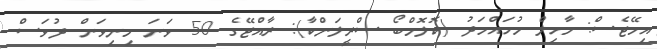
އިމޭޖެސް: މާހިލް މުހައްމަދު (ކޮލޮމްބޯ ސްރީލަންކާ): ރާއްޖޭގެ 50 ވަނަ މިނިވަން ދުވަސް